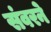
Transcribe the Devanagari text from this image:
संवरने